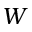
W